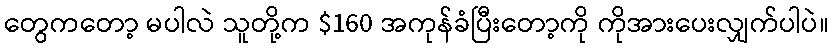
တွေကတော့ မပါလဲ သူတို့က $160 အကုန်ခံပြီးတော့ကို ကိုအားပေးလျှက်ပါပဲ။